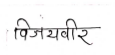
मजकूर: विजयवीर